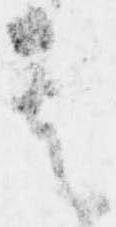
其